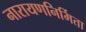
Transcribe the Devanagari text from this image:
नारायणनिर्मिता